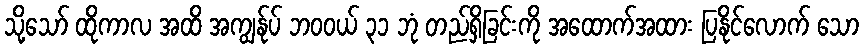
သို့သော် ထိုကာလ အထိ အကျွန်ုပ် ဘဝဝယ် ၃၁ ဘုံ တည်ရှိခြင်းကို အထောက်အထား ပြနိုင်လောက် သော